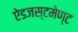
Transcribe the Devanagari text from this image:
ऐडजस्टमेण्ट